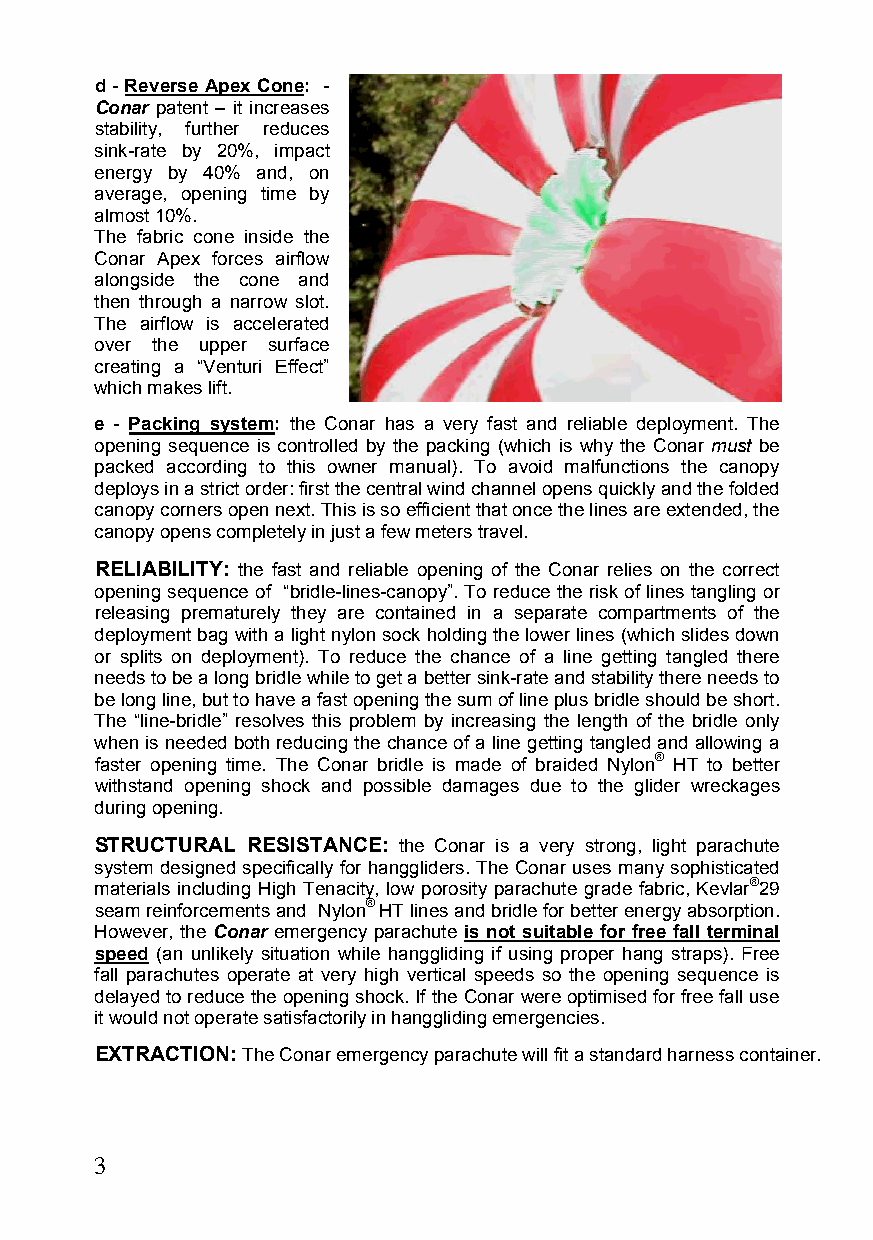
d - Reverse Apex Cone: -
 Conar patent – it increases
 stability, further reduces
 sink-rate by 20%, impact
 energy by 40% and, on
 average, opening time by
 almost 10%.
 The fabric cone inside the
 Conar Apex forces airflow
 alongside the cone and
 then through a narrow slot.
 The airflow is accelerated
 over the upper surface
 creating a “Venturi Effect”
 which makes lift.
 e - Packing system: the Conar has a very fast and reliable deployment. The
 opening sequence is controlled by the packing (which is why the Conar must be
 packed according to this owner manual). To avoid malfunctions the canopy
 deploys in a strict order: first the central wind channel opens quickly and the folded
 canopy corners open next. This is so efficient that once the lines are extended, the
 canopy opens completely in just a few meters travel.
 RELIABILITY: the fast and reliable opening of the Conar relies on the correct
 opening sequence of “bridle-lines-canopy”. To reduce the risk of lines tangling or
 releasing prematurely they are contained in a separate compartments of the
 deployment bag with a light nylon sock holding the lower lines (which slides down
 or splits on deployment). To reduce the chance of a line getting tangled there
 needs to be a long bridle while to get a better sink-rate and stability there needs to
 be long line, but to have a fast opening the sum of line plus bridle should be short.
 The “line-bridle” resolves this problem by increasing the length of the bridle only
 when is needed both reducing the chance of a line getting tangled and allowing a
 faster opening time. The Conar bridle is made of braided Nylon® HT to better
 withstand opening shock and possible damages due to the glider wreckages
 during opening.
 STRUCTURAL RESISTANCE: the Conar is a very strong, light parachute
 system designed specifically for hanggliders. The Conar uses many sophisticated
 materials including High Tenacity, low porosity parachute grade fabric, Kevlar®29
 seam reinforcements and Nylon®HT lines and bridle for better energy absorption.
 However, the Conar emergency parachute is not suitable for free fall terminal
 speed (an unlikely situation while hanggliding if using proper hang straps). Free
 fall parachutes operate at very high vertical speeds so the opening sequence is
 delayed to reduce the opening shock. If the Conar were optimised for free fall use
 it would not operate satisfactorily in hanggliding emergencies.
 EXTRACTION: The Conar emergency parachute will fit a standard harness container.
 3